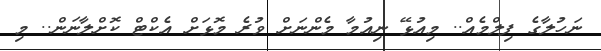
ނަހުލާގެ ފިލްމެއް.. މިއުޅޭ ނިއުމާާ މެންނަށް ވުރެ މޮޅަށް އެކްޓް ކޮށްލާނަން.. މި